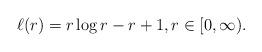
LaTeX: \begin{align*}\ell (r)=r\log r-r+1,r\in \lbrack 0,\infty ). \end{align*}